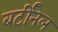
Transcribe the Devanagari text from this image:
बर्टीनेल